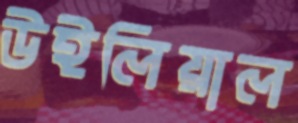
উইলিয়াল